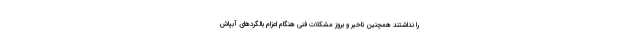
را نداشتند همچنین تاخیر و بروز مشکلات فنی هنگام اعزام بالگردهای آبپاش